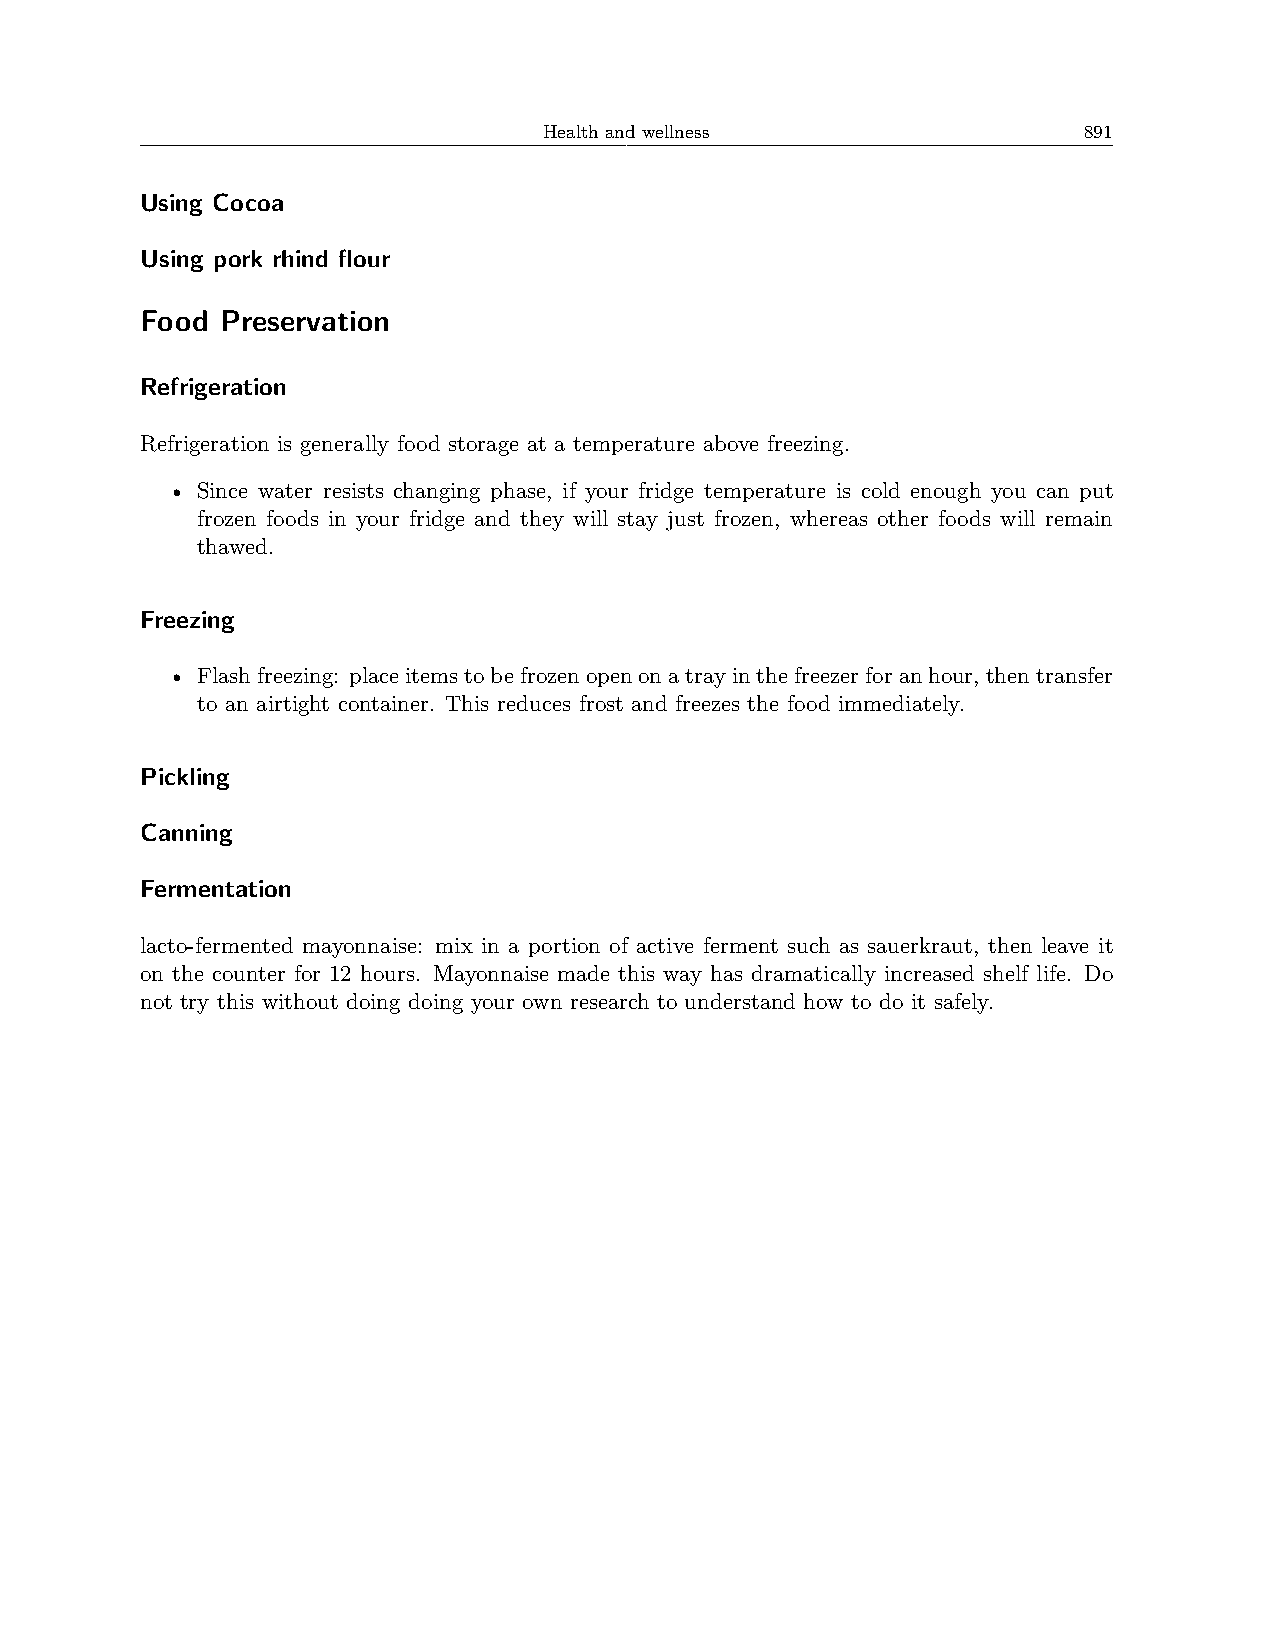
Health and wellness                 891
 Using Cocoa
 Using pork rhind flour
 Food  Preservation
 Refrigeration
 Refrigeration is generally food storage at a temperature above freezing.
 • Since water resists changing phase, if your fridge temperature is cold enough you can put
 frozen foods in your fridge and they will stay just frozen, whereas other foods will remain
 thawed.
 Freezing
 • Flashfreezing: placeitemstobefrozenopenonatrayinthefreezerforanhour,thentransfer
 to an airtight container. This reduces frost and freezes the food immediately.
 Pickling
 Canning
 Fermentation
 lacto-fermented mayonnaise: mix in a portion of active ferment such as sauerkraut, then leave it
 on the counter for 12 hours. Mayonnaise made this way has dramatically increased shelf life. Do
 not try this without doing doing your own research to understand how to do it safely.